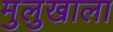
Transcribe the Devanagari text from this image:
मुलुखाला